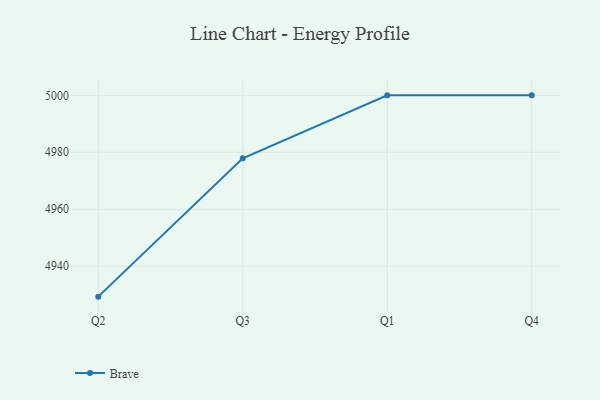
{"axis": {"x": "Quarter", "y": "Page Views"}, "legend": ["Brave"], "data": [{"x": "Q2", "y": 4929.3, "type": "Brave"}, {"x": "Q3", "y": 4977.9, "type": "Brave"}, {"x": "Q1", "y": 5000, "type": "Brave"}, {"x": "Q4", "y": 5000, "type": "Brave"}]}